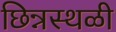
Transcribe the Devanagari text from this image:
छिन्नस्थळी